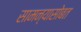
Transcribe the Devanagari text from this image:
सामन्यासोबत